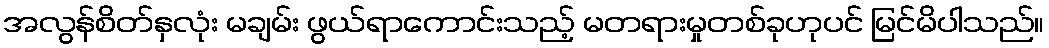
အလွန်စိတ်နှလုံး မချမ်း ဖွယ်ရာကောင်းသည့် မတရားမှုတစ်ခုဟုပင် မြင်မိပါသည်။